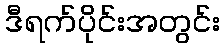
ဒီရက်ပိုင်းအတွင်း